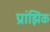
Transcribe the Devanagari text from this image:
प्रांझिक